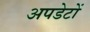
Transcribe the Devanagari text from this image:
अपडेटों